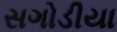
સગોડીયા